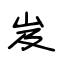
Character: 岌